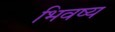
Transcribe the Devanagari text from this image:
भिवष्य